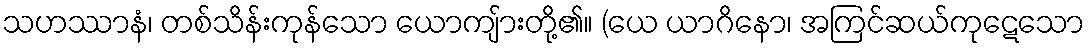
သဟဿာနံ၊ တစ်သိန်းကုန်သော ယောကျ်ားတို့၏။ (ယေ ယာဂိနော၊ အကြင်ဆယ်ကုဋေသော